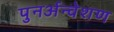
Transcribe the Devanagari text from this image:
पुनर्अन्वेशण